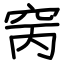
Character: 窉